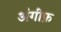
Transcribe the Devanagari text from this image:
अंगीफ़